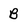
Character: B